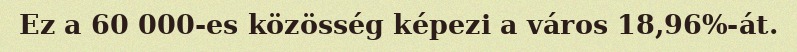
Ez a 60 000-es közösség képezi a város 18,96%-át.